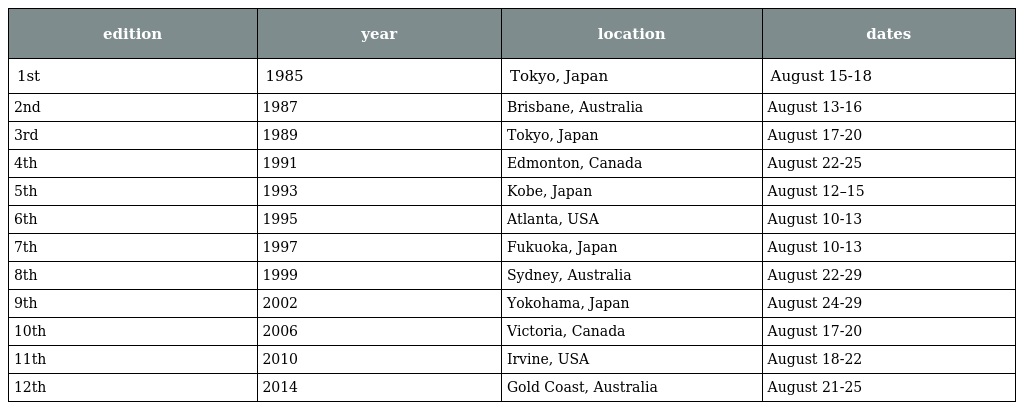
| edition | year | location | dates |
 | --- | --- | --- | --- |
 | 1st | 1985 | Tokyo, Japan | August 15-18 |
 | 2nd | 1987 | Brisbane, Australia | August 13-16 |
 | 3rd | 1989 | Tokyo, Japan | August 17-20 |
 | 4th | 1991 | Edmonton, Canada | August 22-25 |
 | 5th | 1993 | Kobe, Japan | August 12–15 |
 | 6th | 1995 | Atlanta, USA | August 10-13 |
 | 7th | 1997 | Fukuoka, Japan | August 10-13 |
 | 8th | 1999 | Sydney, Australia | August 22-29 |
 | 9th | 2002 | Yokohama, Japan | August 24-29 |
 | 10th | 2006 | Victoria, Canada | August 17-20 |
 | 11th | 2010 | Irvine, USA | August 18-22 |
 | 12th | 2014 | Gold Coast, Australia | August 21-25 |